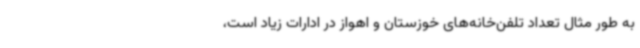
به طور مثال تعداد تلفن‌خانه‌های خوزستان و اهواز در ادارات زیاد است،